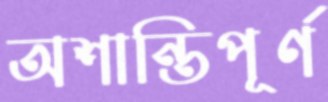
অশান্তিপূর্ণ